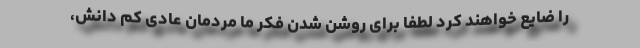
را ضایع خواهند کرد لطفا برای روشن شدن فکر ما مردمان عادی کم دانش،